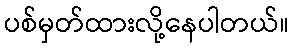
ပစ်မှတ်ထားလို့နေပါတယ်။